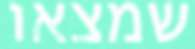
שמצאו